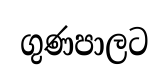
ගුණපාලට